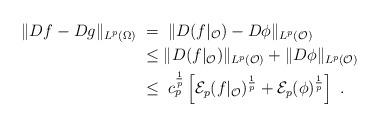
LaTeX: \begin{align*} \|Df - Dg\|_{L^p(\Omega)} \;&=\; \|D(f|_{\mathcal{O}}) -D\phi\|_{L^p(\mathcal{O})} \\ &\leq \|D(f|_{\mathcal{O}})\|_{L^p(\mathcal{O})} + \|D\phi\|_{L^p(\mathcal{O})} \\ &\leq \; c_p^{\frac{1}{p}}\left[\mathcal{E}_p(f|_{\mathcal{O}})^{\frac{1}{p}} + \mathcal{E}_p(\phi)^{\frac{1}{p}}\right] \ . \end{align*}